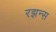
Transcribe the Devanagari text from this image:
रझन्स